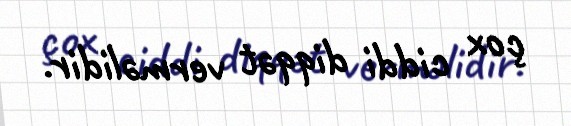
çox ciddi diqqət verməlidir.